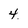
Character: 4